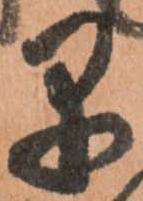
早